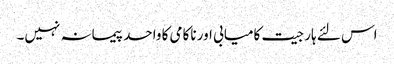
اس لئے ہار جیت کامیابی اور ناکامی کا واحد پیمانہ نہیں۔